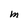
Character: M